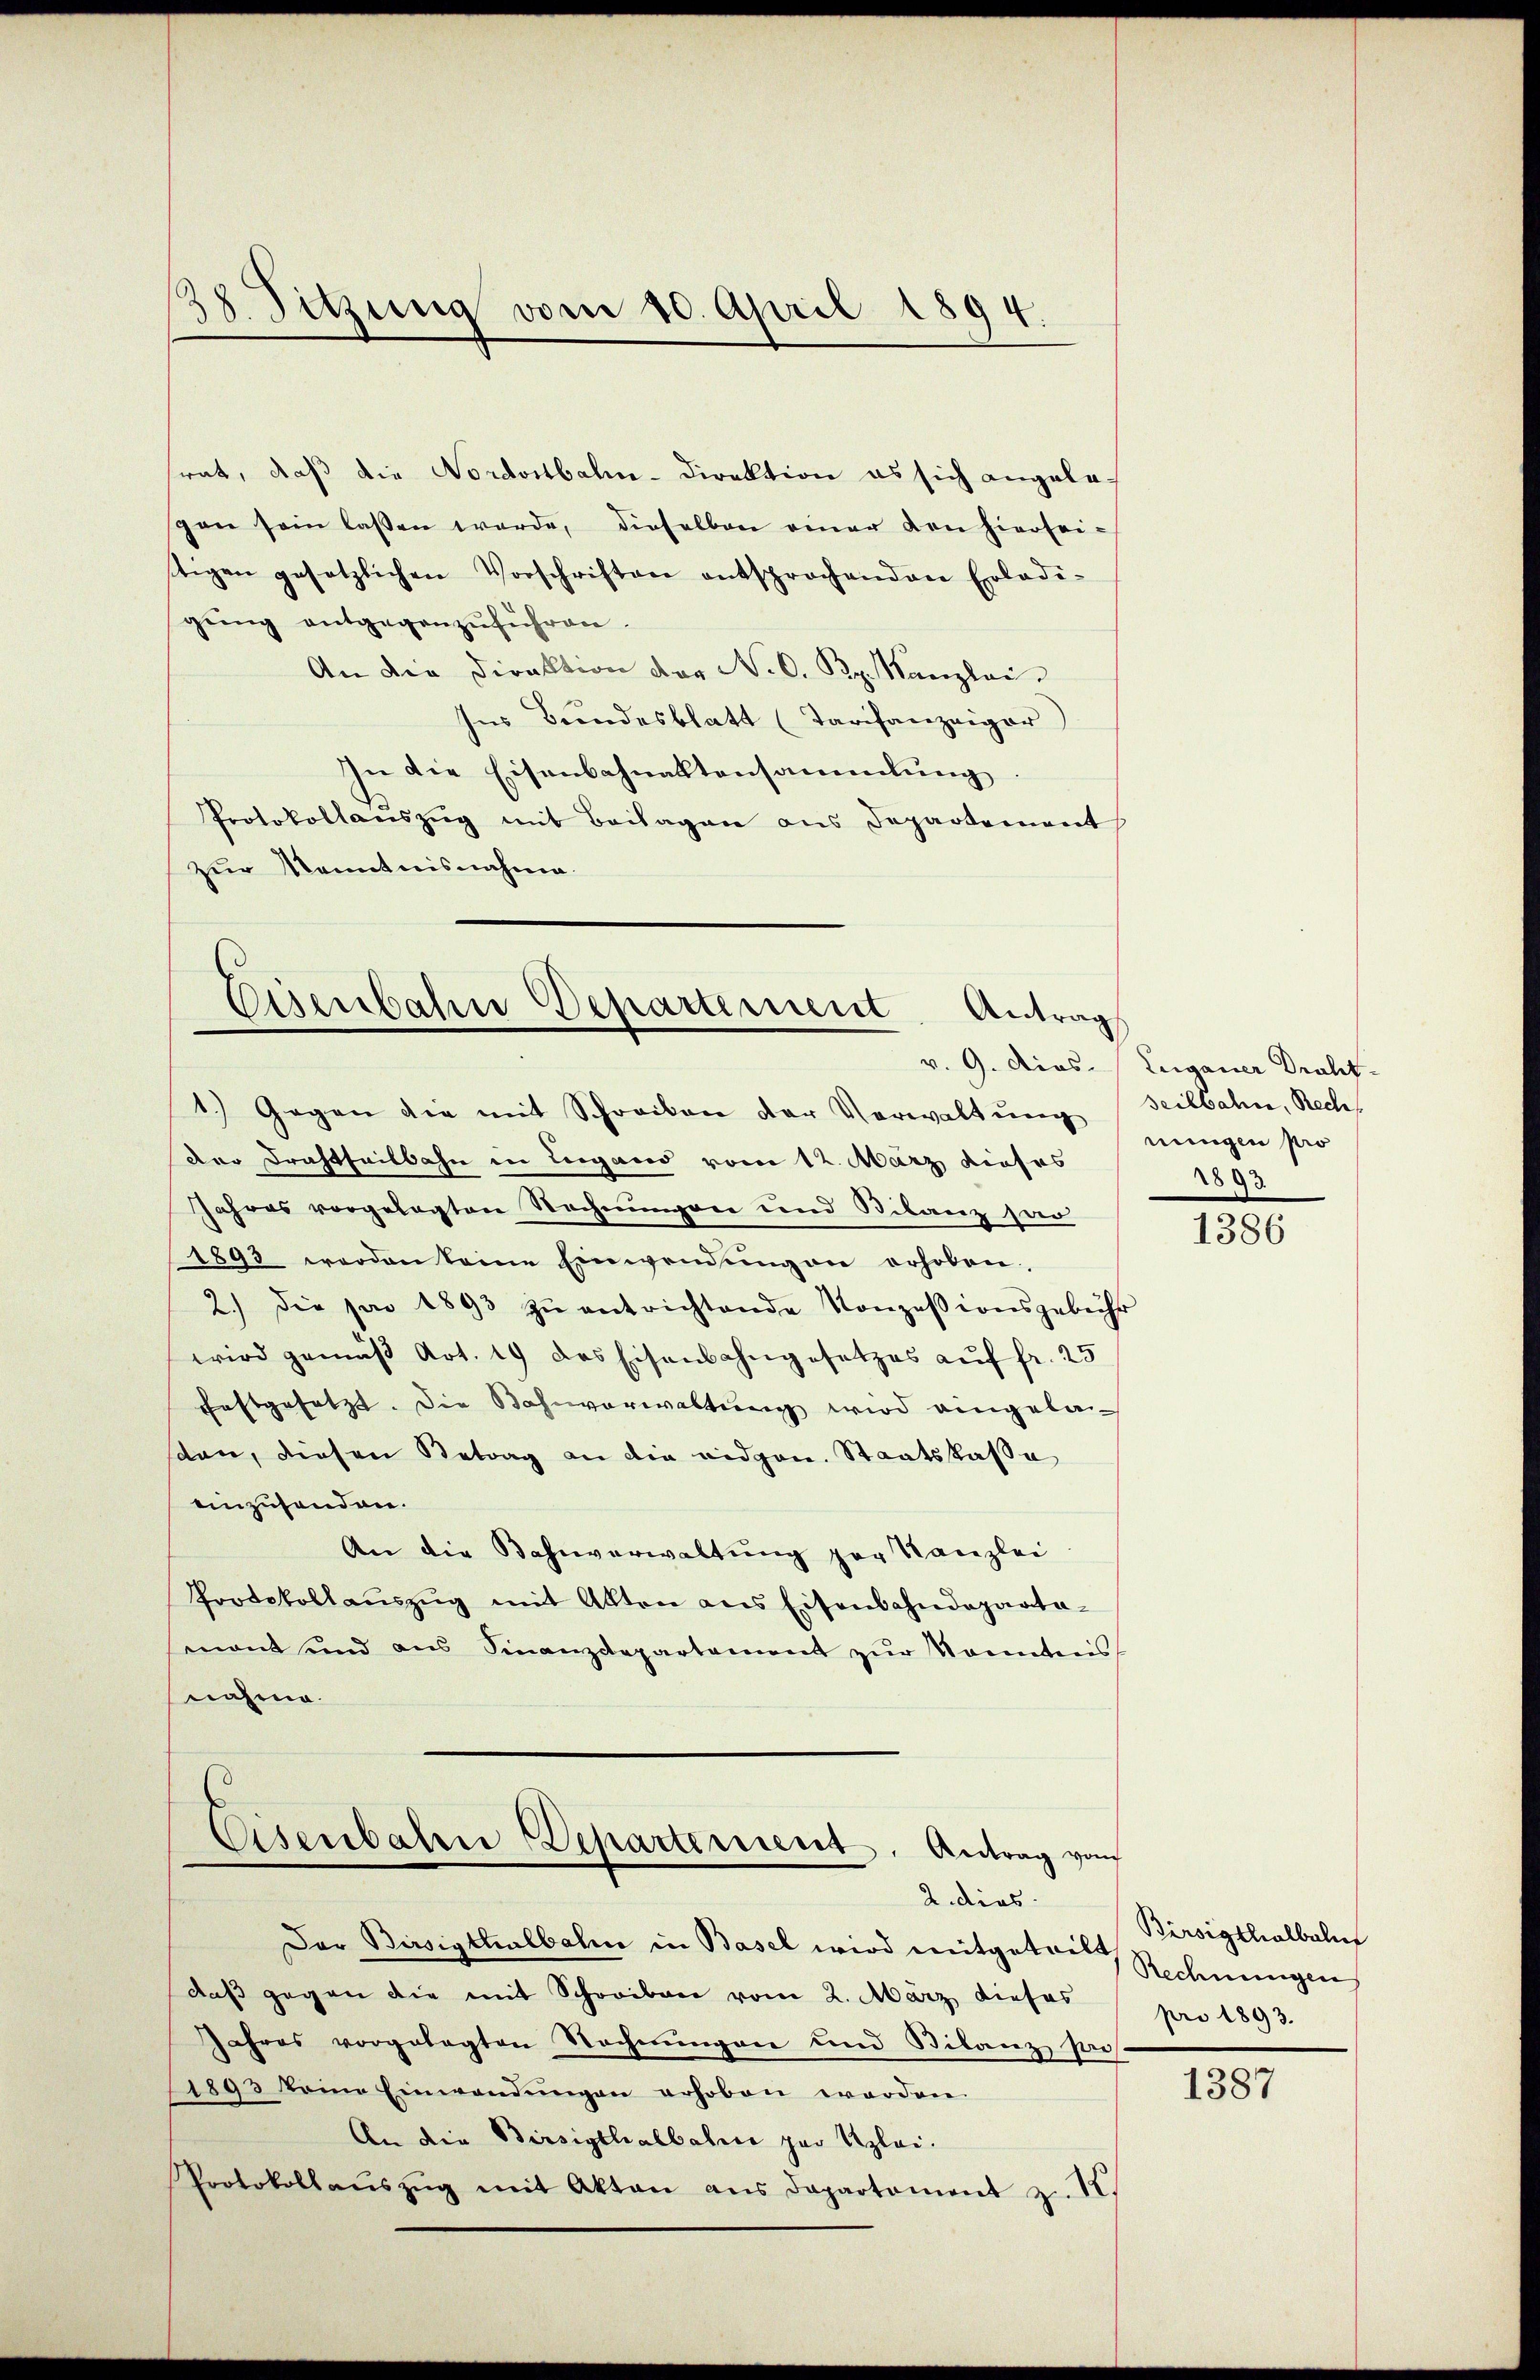
38. Sitzung vom 10. April 1894.

srat, daß die Nordostbahn-Direktion es sich angelegon sein lassen werde, dieselben einer den hierseitigen gesetzlichen Vorschriften entsprochenden Erledi-
gŭng entgegenzŭführen.
An die Direktion der N. O. Bz. Kanzlei
Ins Bundesblatt (Tarifanzeiger
In die Eisenbahnaktensammlung
Protokollanszŭg mit Beilagen aus Departement
zur Kenntnisnahme.

Eisenbahn Departement Antrag

Eisenbahn-Departement. Antrag vom
2. dies

Der Bissigthalbahn in Basel wird mitgetres Rechnungen
daß gegen die mit Schreiben vom 2. März dieses
Jahres vorgelegten Rechnungen und Bilanz Pres.
11893 keine Einwendŭngen erhoben werden.
An die Birsigllalbahrer zur Uzlei.
Protokollaŭszŭg mit Akten ans Departament z. 12.

1.) Gegen die mit Schreiben der Verwaltung seitbahn, Recht
der Drahtheilbahn in Lugand vom 12. März dieses
Jahres vorgelegten Nachnungen und Bilanz dar
1893 werden keine Einwendŭngen erhoben,
2.) die son 1893 zŭ entrichtende Konzessionsgebühr
wird gemäβ Art. 19 des Eisenbahngesetzes auf fr. 25
festgesetzt. Die Bahnverwaltŭng wird eingelaston, diesen Betrag an die eidgen. Staatskassa
einzusenden.
An die Bahnverwaltŭng der Kanzlei
Protokollaŭszŭg mit Akten aus Eisenbahndeparta-
mant und ans Finanzdepartement zŭr Sonntens
nahme.

v. 9. Dies Zuganer Draht.
nungen pro
2893

1386

Birsigthalbahn
pro 1893.

1387